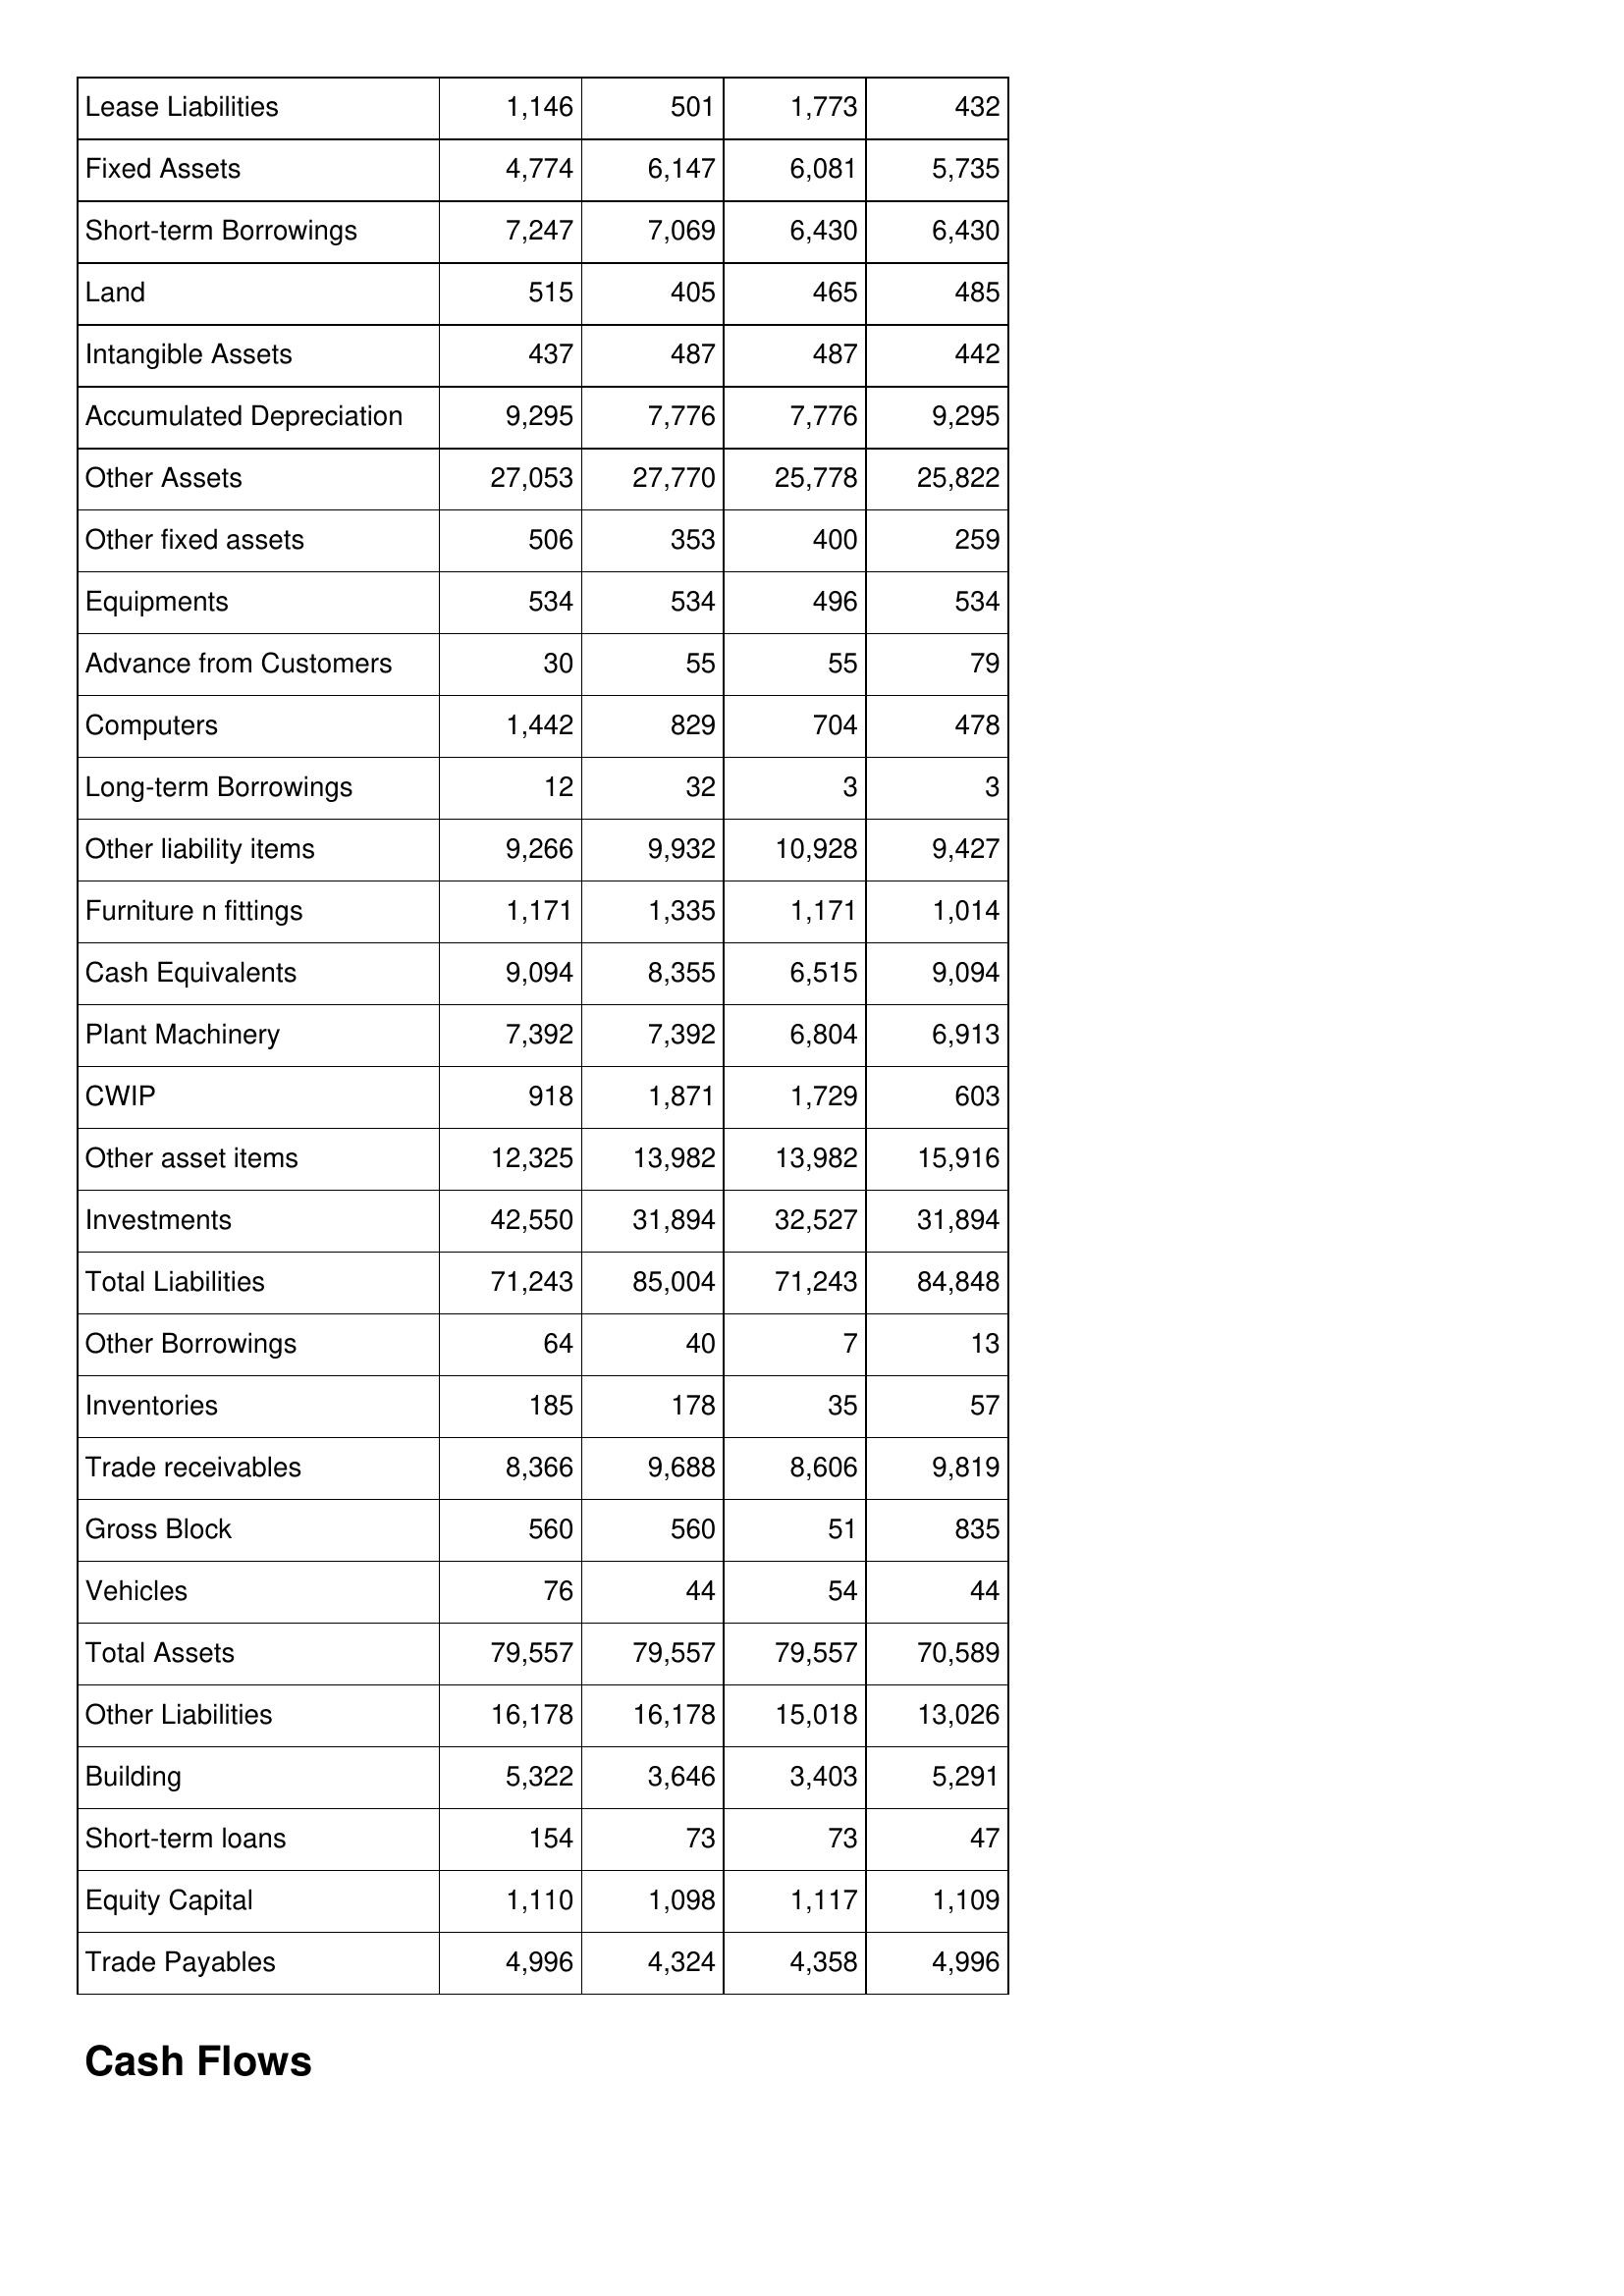
Feb-15: Balance Sheet: Lease Liabilities: 1,146
Fixed Assets: 4,774
Short-term Borrowings: 7,247
Land: 515
Intangible Assets: 437
Accumulated Depreciation: 9,295
Other Assets: 27,053
Other fixed assets: 506
Equipments: 534
Advance from Customers: 30
Computers: 1,442
Long-term Borrowings: 12
Other liability items: 9,266
Furniture n fittings: 1,171
Cash Equivalents: 9,094
Plant Machinery: 7,392
CWIP: 918
Other asset items: 12,325
Investments: 42,550
Total Liabilities: 71,243
Other Borrowings: 64
Inventories: 185
Trade receivables: 8,366
Gross Block: 560
Vehicles: 76
Total Assets: 79,557
Other Liabilities: 16,178
Building: 5,322
Short-term loans: 154
Equity Capital: 1,110
Trade Payables: 4,996
Feb-14: Balance Sheet: Lease Liabilities: 501
Fixed Assets: 6,147
Short-term Borrowings: 7,069
Land: 405
Intangible Assets: 487
Accumulated Depreciation: 7,776
Other Assets: 27,770
Other fixed assets: 353
Equipments: 534
Advance from Customers: 55
Computers: 829
Long-term Borrowings: 32
Other liability items: 9,932
Furniture n fittings: 1,335
Cash Equivalents: 8,355
Plant Machinery: 7,392
CWIP: 1,871
Other asset items: 13,982
Investments: 31,894
Total Liabilities: 85,004
Other Borrowings: 40
Inventories: 178
Trade receivables: 9,688
Gross Block: 560
Vehicles: 44
Total Assets: 79,557
Other Liabilities: 16,178
Building: 3,646
Short-term loans: 73
Equity Capital: 1,098
Trade Payables: 4,324
Feb-13: Balance Sheet: Lease Liabilities: 1,773
Fixed Assets: 6,081
Short-term Borrowings: 6,430
Land: 465
Intangible Assets: 487
Accumulated Depreciation: 7,776
Other Assets: 25,778
Other fixed assets: 400
Equipments: 496
Advance from Customers: 55
Computers: 704
Long-term Borrowings: 3
Other liability items: 10,928
Furniture n fittings: 1,171
Cash Equivalents: 6,515
Plant Machinery: 6,804
CWIP: 1,729
Other asset items: 13,982
Investments: 32,527
Total Liabilities: 71,243
Other Borrowings: 7
Inventories: 35
Trade receivables: 8,606
Gross Block: 51
Vehicles: 54
Total Assets: 79,557
Other Liabilities: 15,018
Building: 3,403
Short-term loans: 73
Equity Capital: 1,117
Trade Payables: 4,358
Feb-12: Balance Sheet: Lease Liabilities: 432
Fixed Assets: 5,735
Short-term Borrowings: 6,430
Land: 485
Intangible Assets: 442
Accumulated Depreciation: 9,295
Other Assets: 25,822
Other fixed assets: 259
Equipments: 534
Advance from Customers: 79
Computers: 478
Long-term Borrowings: 3
Other liability items: 9,427
Furniture n fittings: 1,014
Cash Equivalents: 9,094
Plant Machinery: 6,913
CWIP: 603
Other asset items: 15,916
Investments: 31,894
Total Liabilities: 84,848
Other Borrowings: 13
Inventories: 57
Trade receivables: 9,819
Gross Block: 835
Vehicles: 44
Total Assets: 70,589
Other Liabilities: 13,026
Building: 5,291
Short-term loans: 47
Equity Capital: 1,109
Trade Payables: 4,996